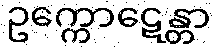
ဥက္ကောဋေန္တာ